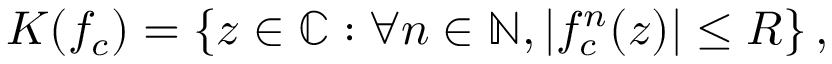
K ( f _ { c } ) = \left\{ z \in \mathbb { C } : \forall n \in \mathbb { N } , | f _ { c } ^ { n } ( z ) | \leq R \right\} ,